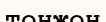
тонжон